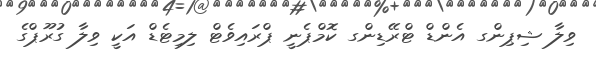
ވިލާ ޝިޕިންގ އެންޑް ޓްރޭޑިންގ ކޮމްޕެނީ ޕްރައިވެޓް ލިމިޓެޑް އަކީ ވިލާ ގުރޫޕްގެ